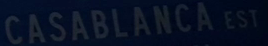
CASABLANCAEST